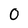
Character: 0